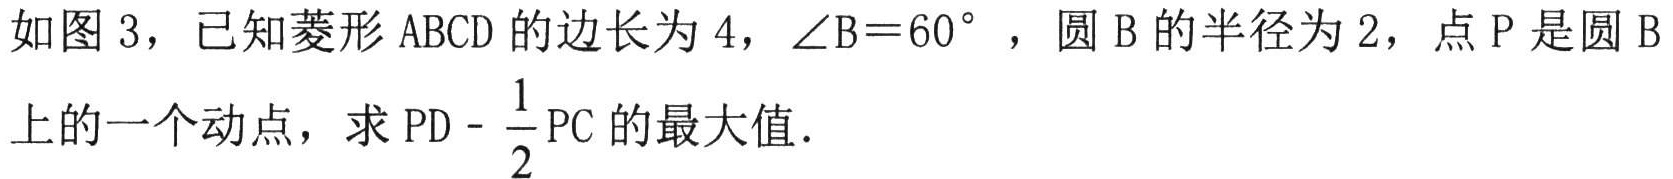
如图 3，已知菱形 \(ABCD\) 的边长为 \(4\)，\(\angle B = 60^{\circ}\)，圆 \(B\) 的半径为 \(2\)，点 \(P\) 是圆 \(B\) 上的一个动点，求 \(PD-\frac{1}{2}PC\) 的最大值．